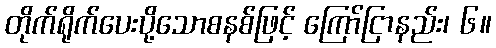
တိုက်ရိုက်ပေးပို့သောစနစ်ဖြင့် ကြော်ငြာနည်း၊ ၆။